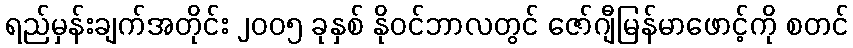
ရည်မှန်းချက်အတိုင်း ၂၀၀၅ ခုနှစ် နိုဝင်ဘာလတွင် ဇော်ဂျီမြန်မာဖောင့်ကို စတင်